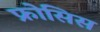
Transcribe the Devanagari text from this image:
फ्रोसिस